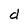
Character: d